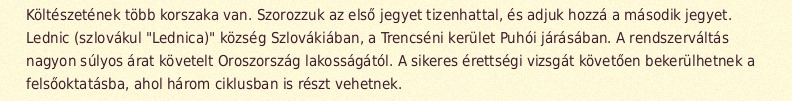
Költészetének több korszaka van. Szorozzuk az első jegyet tizenhattal, és adjuk hozzá a második jegyet. Lednic (szlovákul "Lednica)" község Szlovákiában, a Trencséni kerület Puhói járásában. A rendszerváltás nagyon súlyos árat követelt Oroszország lakosságától. A sikeres érettségi vizsgát követően bekerülhetnek a felsőoktatásba, ahol három ciklusban is részt vehetnek.